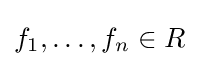
f_{1},\ldots ,f_{n}\in R